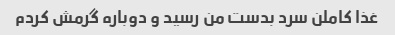
غذا کاملن سرد بدست من رسید و دوباره گرمش کردم